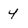
Character: 4